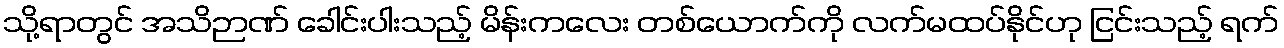
သို့ရာတွင် အသိဉာဏ် ခေါင်းပါးသည့် မိန်းကလေး တစ်ယောက်ကို လက်မထပ်နိုင်ဟု ငြင်းသည့် ရက်